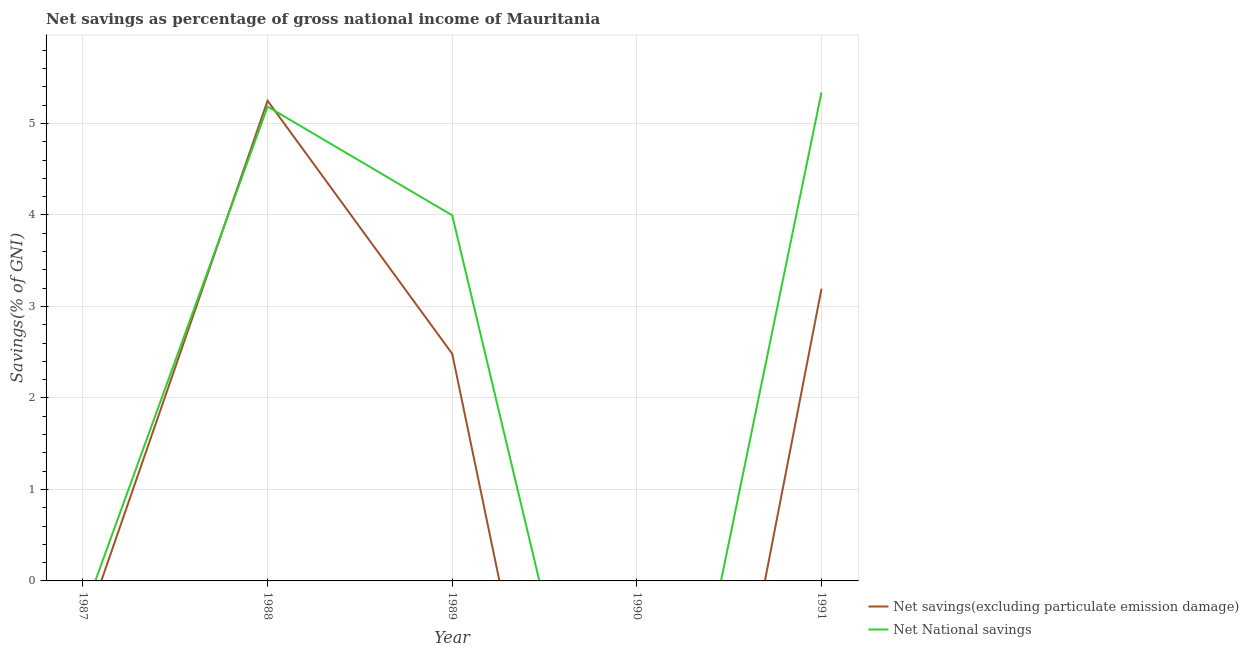
| Year | Net savings(excluding particulate emission damage) | Net National savings |
 | --- | --- | --- |
 | 1987 | -0.578 | -0.371 |
 | 1988 | 5.25 | 5.18 |
 | 1989 | 2.48 | 4 |
 | 1990 | -7.22 | -4.47 |
 | 1991 | 3.19 | 5.34 |